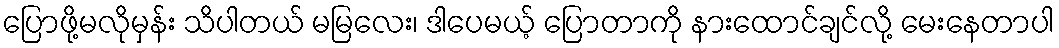
ပြောဖို့မလိုမှန်း သိပါတယ် မမြလေး၊ ဒါပေမယ့် ပြောတာကို နားထောင်ချင်လို့ မေးနေတာပါ